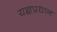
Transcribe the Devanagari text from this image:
यज्ञप्रधान